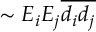
\sim E _ { i } E _ { j } \overline { { d _ { i } d _ { j } } }